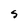
Character: S